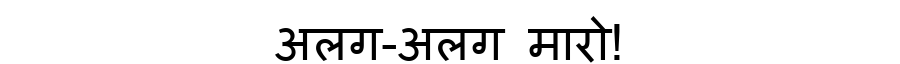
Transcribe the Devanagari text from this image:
अलग-अलग मारो!